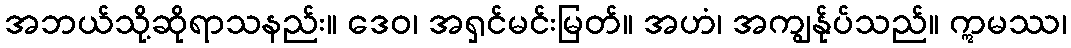
အဘယ်သို့ဆိုရာသနည်း။ ဒေဝ၊ အရှင်မင်းမြတ်။ အဟံ၊ အကျွန်ုပ်သည်။ ဣမဿ၊